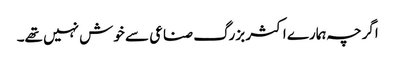
اگرچہ ہمارے اکثر بزرگ صناعی سے خوش نہیں تھے۔